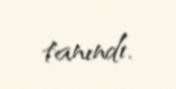
tanındı.